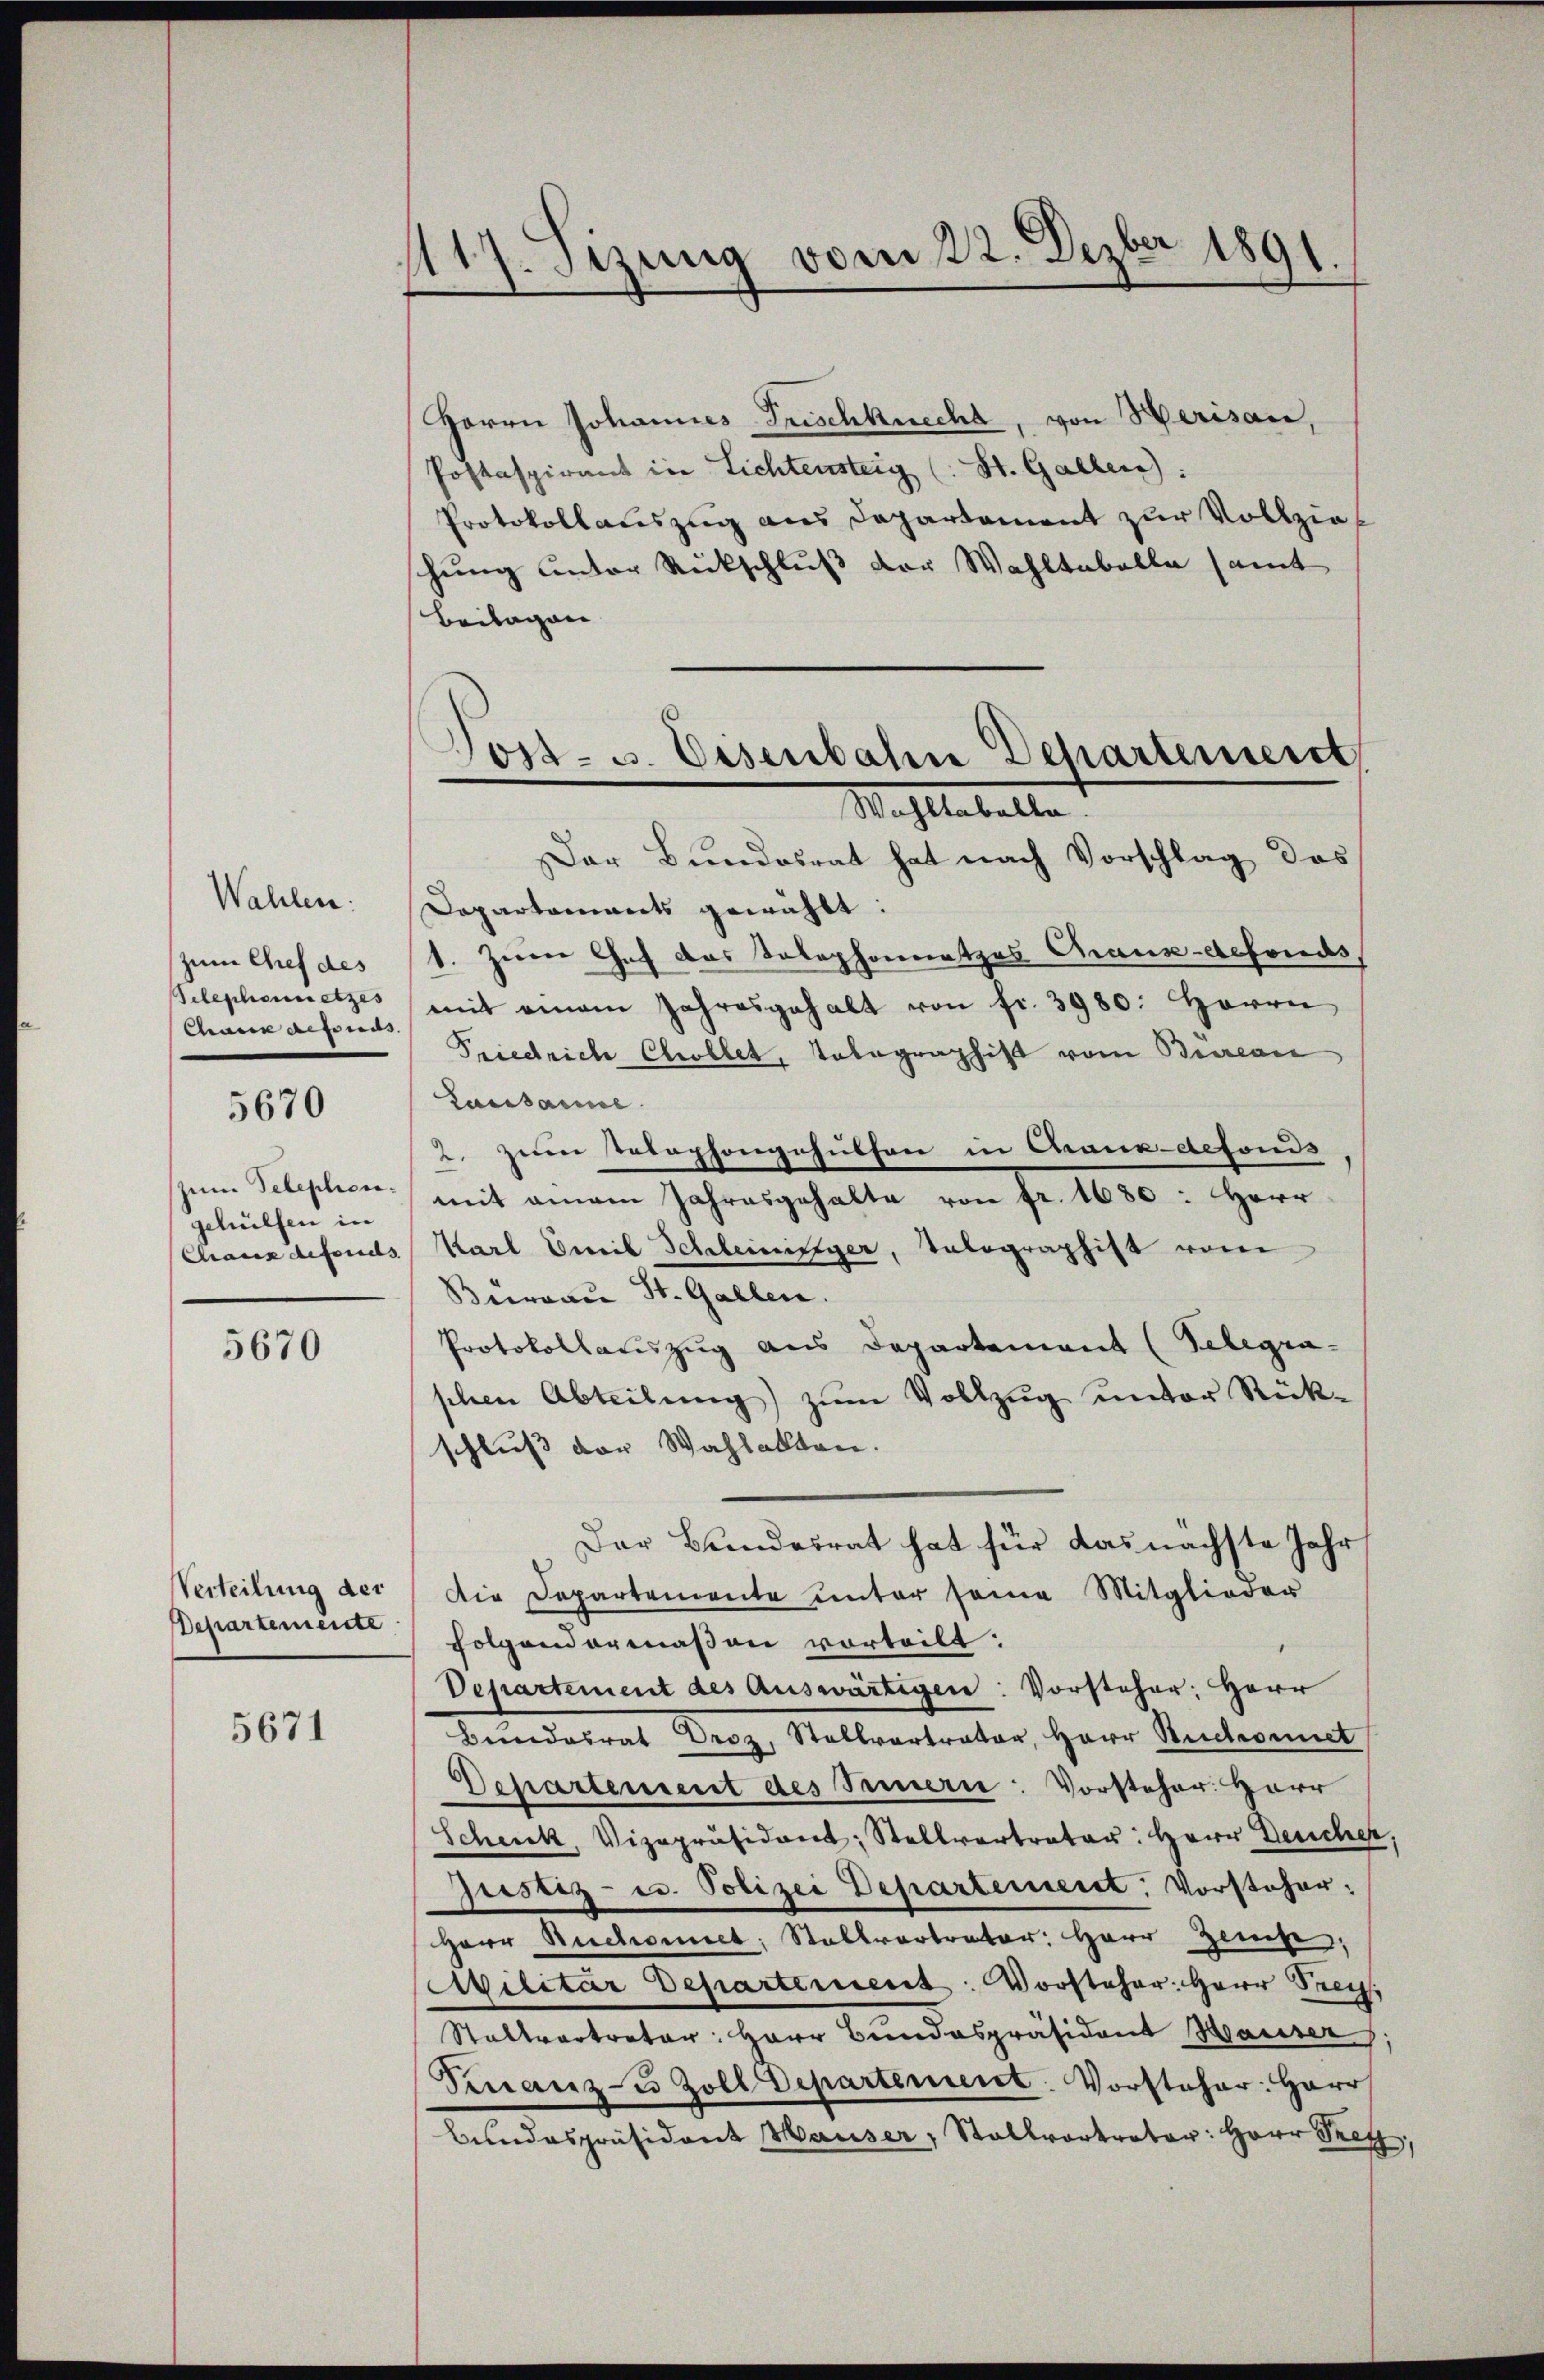
1117. Sitzung vom 22. Dezber 1891.

Herrn Johannes Frischknecht, von Herisau,
Postaspirant in Lichtensteig (: St. Gallen):
Protokollauszug aus Departement zur Vollziehung unter Rückschluß der Wahltabelle samt
Beilagen

Post- u. Eisenbahn Departement
Wohltabelle

Der Bundesrat hat nach Vorschlag das
Departaments gewählt:
1. Zum Chef das Telephonnetzes Chaux-defonds,
mit einem Jahresgehalt von fr. 3980: Herrn
Friedrich Chroblet, Telegraphist vom Bureau
Causanne.
2. zum Telephongehülfen in Chaux-defonds
mit einem Jahresgehalte von fr. 1680: Herr
Karl Emil Schleinister, Tolographist vom
Bureau St. Gallen.
Protokollauszug aus Departement (Telegra-
schen Abteilŭng zŭm Vollzŭg unter Rück-
schluß der Wahlakten.
Dar Bundesrat hat für das nächste Jahr
Die Departemente unter seine Mitglieder
folgendermaßen vorteilt:
Departement des Auswärtigen: Vorsteher: Herr
Bendesrat Droz, Stellvertrator, Herr Stuckiomet
Departement des Sennern: Vorsteher: Herr
Schenk, Vizepräsident: Stellvertreter: Herr Deuscher,
Justiz- u. Polizei Departement: Vorsteher:
Herr Ruchonet: Stallvertreter: Herr Zinse,
Militär Departement. Vorsteher: Herr Seen,
Stallvertreter: Herr Bundespräsident Hauser,
Finanz-2 Zoll Departement: Vorsteher: Herr
Bŭndespräsident Hauser, Stallvortreter: Herr Sect

Wahlen:
zum Chef des
Telephonnetzes
Chaus defonds |
5670
zum Telephon-
gehülfen in
Chaux defonds.

5670

Verteilung der
Departemente

5671